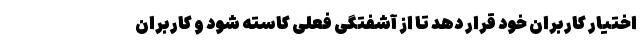
اختیار کاربران خود قرار دهد تا از آشفتگی فعلی کاسته شود و کاربران